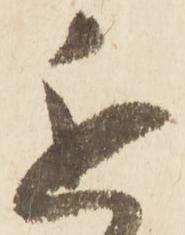
近